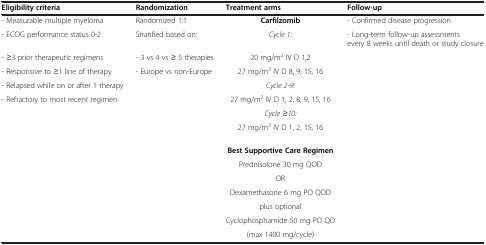
| Eligibility criteria | Randomization | Treatment arms | Follow-up |
 | --- | --- | --- | --- |
 | - Measurable multiple myeloma | Randomized 1:1 | Carfilzomib | - Confirmed disease progression |
 | - ECOG performance status 0-2 | Stratified based on: | Cycle 1: | - Long-term follow-up assessments every 8 weeks until death or study closure |
 | - ≥3 prior therapeutic regimens | - 3 vs 4 vs ≥ 5 therapies | 20 mg/m2 IV D 1,2 |  |
 | - Responsive to ≥1 line of therapy | - Europe vs non-Europe | 27 mg/m2 IV D 8, 9, 15, 16 |  |
 | - Relapsed while on or after 1 therapy |  | Cycle 2-9: |  |
 | - Refractory to most recent regimen |  | 27 mg/m2 IV D 1, 2, 8, 9, 15, 16 |  |
 |  |  | Cycle ≥10: |  |
 |  |  | 27 mg/m2 IV D 1, 2, 15, 16 |  |
 |  |  | Best Supportive Care Regimen |  |
 |  |  | Prednisolone 30 mg QOD |  |
 |  |  | OR |  |
 |  |  | Dexamethasone 6 mg PO QOD |  |
 |  |  | plus optional |  |
 |  |  | Cyclophosphamide 50 mg PO QD |  |
 |  |  | (max 1400 mg/cycle) |  |